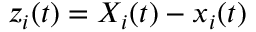
z _ { i } ( t ) = X _ { i } ( t ) - x _ { i } ( t )